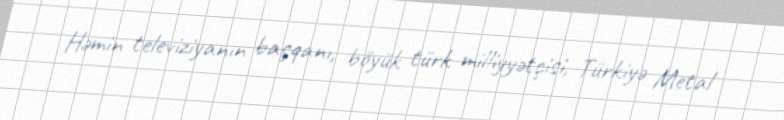
Həmin televiziyanın başqanı, böyük türk milliyyətçisi, Türkiyə Metal